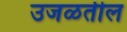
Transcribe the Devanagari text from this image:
उजळतील